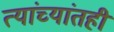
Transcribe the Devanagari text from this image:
त्यांच्यांतही